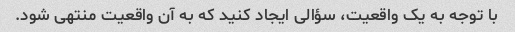
با توجه به یک واقعیت، سؤالی ایجاد کنید که به آن واقعیت منتهی شود.